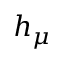
h _ { \mu }